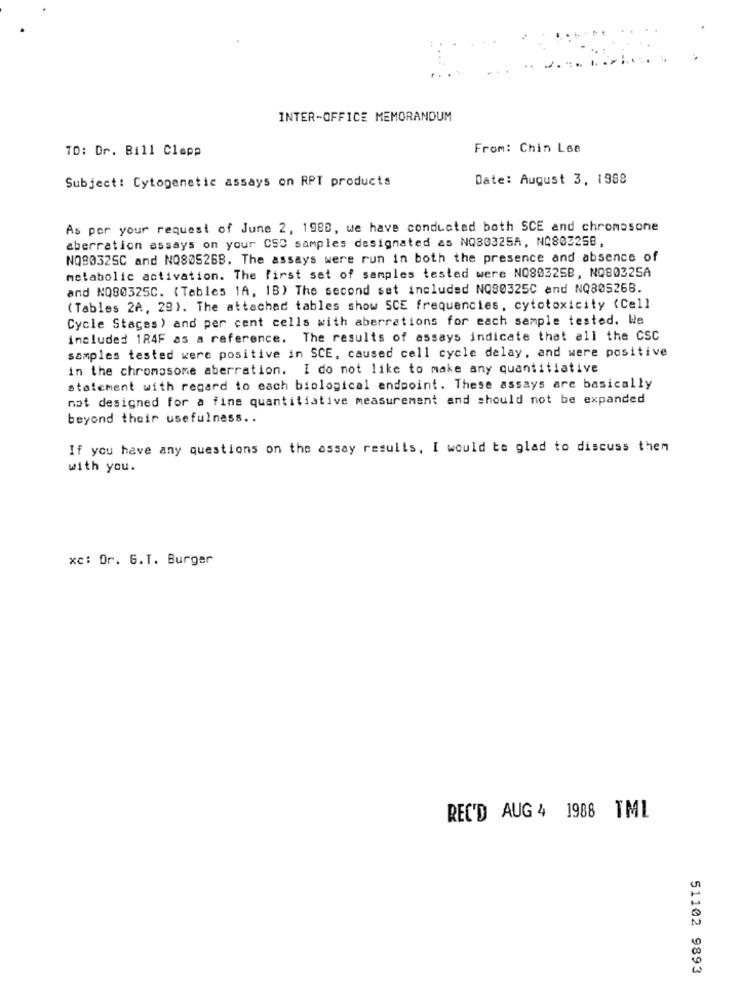
INTER-OFFICE MEMORANDUM
TO: Dr. Bill Clapp
From: Chin Lee
Subject: Cytogenetic assays on RPT products
Date: August 3, 1988
As per your request of June 2, 1980, we have conducted both SCE and chromosone
aberration assays on your CSC samples designated as NQ30325A, NC802258,
NQ90325C and NQ80526B. The assays were run in both the presence and absence of
metabolic activation. The first set of samples tested were NO80325B, NO80325A
and NQ80325C. ( Tables 1A, 1B) The second set included NQ80325C and NQ80526B.
( Tables 2A, 29). The attached tables show SCE frequencies, cytotoxicity (Cell
Cycle Stages) and per cent cells with aberrations for each sample tested. We
included 184F as a reference. The results of assays indicate that all the CSC
samples tested were positive in SCE, caused cell cycle delay, and were positive
in the chromosome aberration. I do not like to make any quantitiative
statement with regard to each biological endpoint. These assays are basically
not designed for a fine quantitiative measurement and should not be expanded
beyond their usefulness ..
If you have any questions on the assay results, I would te glad to discuss them
with you.
xc: Or. G.T. Burger
REC'D AUG 4 1988 TML
51102 9893